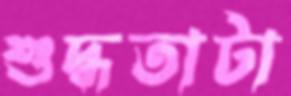
শুদ্ধতাটা